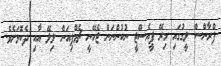
ފްރާންސް ލީގުގައި މިރޭ ޕީއެސްޖީ ނުކުންނަން ޖެހޭނީ ޗެމްޕިއަން ލިލޭ އާއި ދެކޮޅަށެވެ.